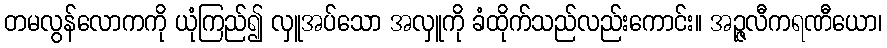
တမလွန်လောကကို ယုံကြည်၍ လှူအပ်သော အလှူကို ခံထိုက်သည်လည်းကောင်း။ အဉ္ဇလီကရဏီယော၊